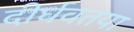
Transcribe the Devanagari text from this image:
दीर्घवतया